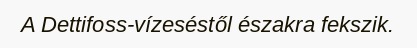
A Dettifoss-vízeséstől északra fekszik.